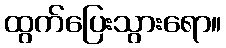
ထွက်ပြေးသွားရော။